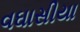
વઘાસીયા